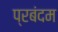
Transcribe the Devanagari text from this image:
प्रबंदम